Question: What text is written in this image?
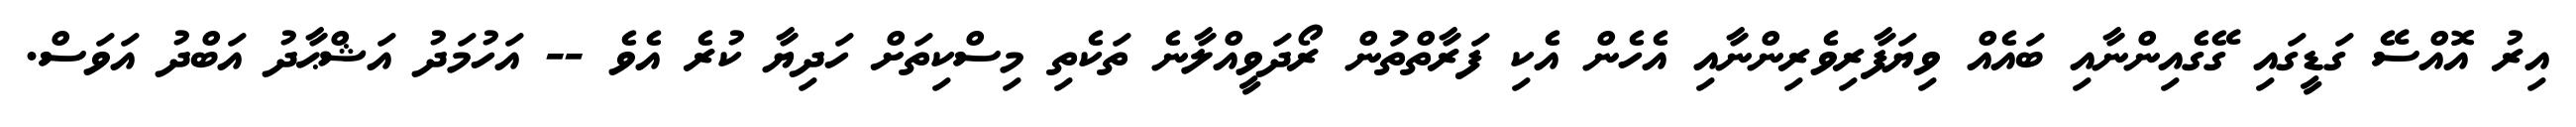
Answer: އިރު އޮއްސޭ ގަޑީގައި ގޭގެއިންނާއި ބައެއް ވިޔަފާރިވެރިންނާއި އެހެން އެކި ފަރާތްތަުން ރޯދަވީއްލާނެ ތަކެތި މިސްކިތަށް ހަދިޔާ ކުރެ އެވެ -- އަހުމަދު އަޝްޙާދު އަބްދު އަވަސް.